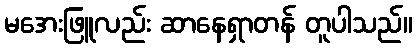
မအေးဖြူလည်း ဆာနေရှာတန် တူပါသည်။